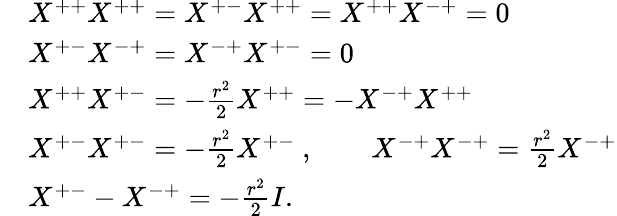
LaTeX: \begin{array}{rl}{{}}&{{X^{++}X^{++}=X^{+-}X^{++}=X^{++}X^{-+}=0}}\\ {{}}&{{X^{+-}X^{-+}=X^{-+}X^{+-}=0}}\\ {{}}&{{X^{++}X^{+-}=-{\frac{r^{2}}{2}}X^{++}=-X^{-+}X^{++}}}\\ {{}}&{{X^{+-}X^{+-}=-{\frac{r^{2}}{2}}X^{+-}\ ,\qquad X^{-+}X^{-+}={\frac{r^{2}}{2}}X^{-+}}}\\ {{}}&{{X^{+-}-X^{-+}=-{\frac{r^{2}}{2}}I.}}\end{array}